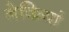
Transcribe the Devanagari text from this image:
नेकियां